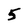
Character: 5